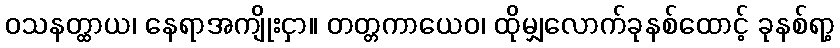
ဝသနတ္ထာယ၊ နေရာအကျိုးငှာ။ တတ္တကာယေဝ၊ ထိုမျှလောက်ခုနစ်ထောင့် ခုနစ်ရာ့